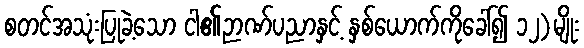
စတင်အသုံးပြုခဲ့သော ငါ၏ဉာဏ်ပညာနှင့် နှစ်ယောက်ကိုခေါ်၍ ၁၂)မျိုး